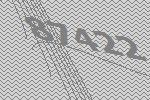
87422